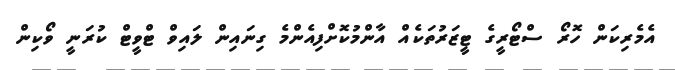
އެމެރިކަން ހޮރޯ ސްޓޯރީގެ ޓީޒަރުތަކެއް އާންމުކޮށްފިއެންމެ ގިނައިން ލައިވް ޓްވީޓް ކުރަނީ ވޯކިން